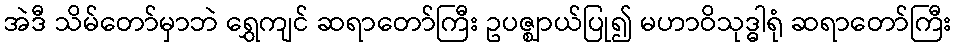
အဲဒီ သိမ်တော်မှာဘဲ ရွှေကျင် ဆရာတော်ကြီး ဥပဇ္ဈာယ်ပြု၍ မဟာဝိသုဒ္ဓါရုံ ဆရာတော်ကြီး